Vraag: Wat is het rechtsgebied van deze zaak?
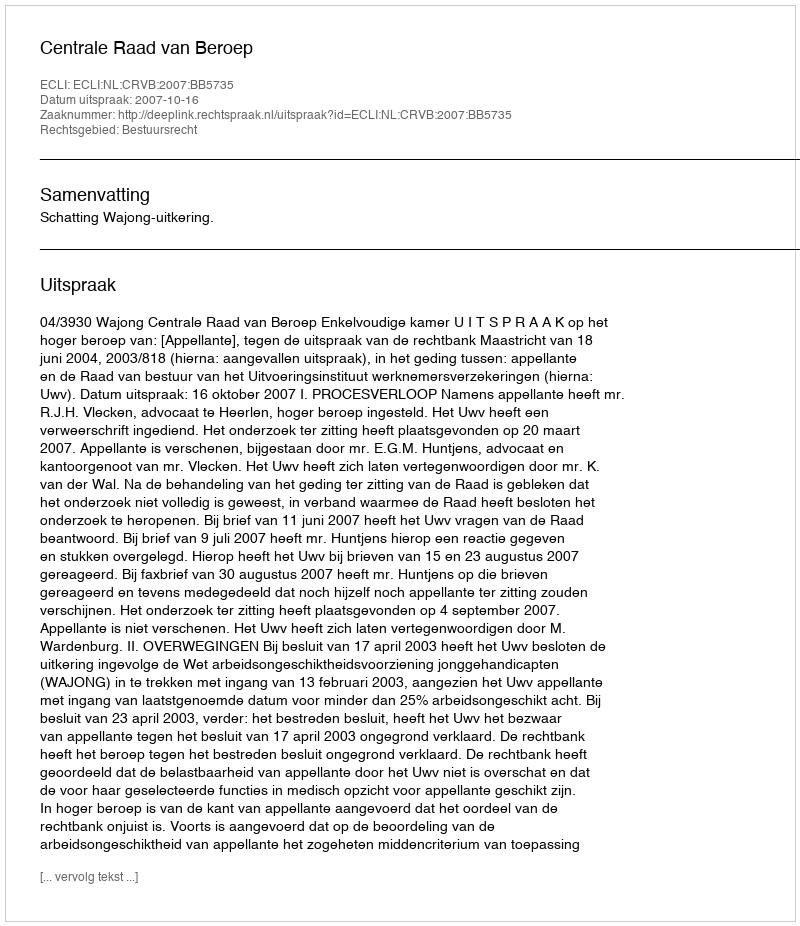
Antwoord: Bestuursrecht